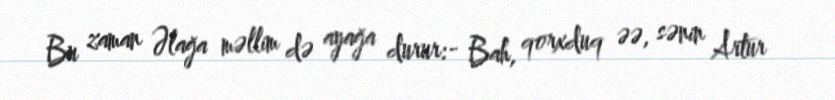
Bu zaman Əlağa məllim də ayağa durur:- Bah, qorxduq əə, sənin Artur